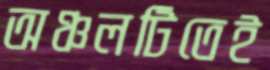
অঞ্চলটিতেই